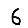
Digit: 6